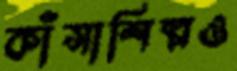
কাঁসাশিল্পও